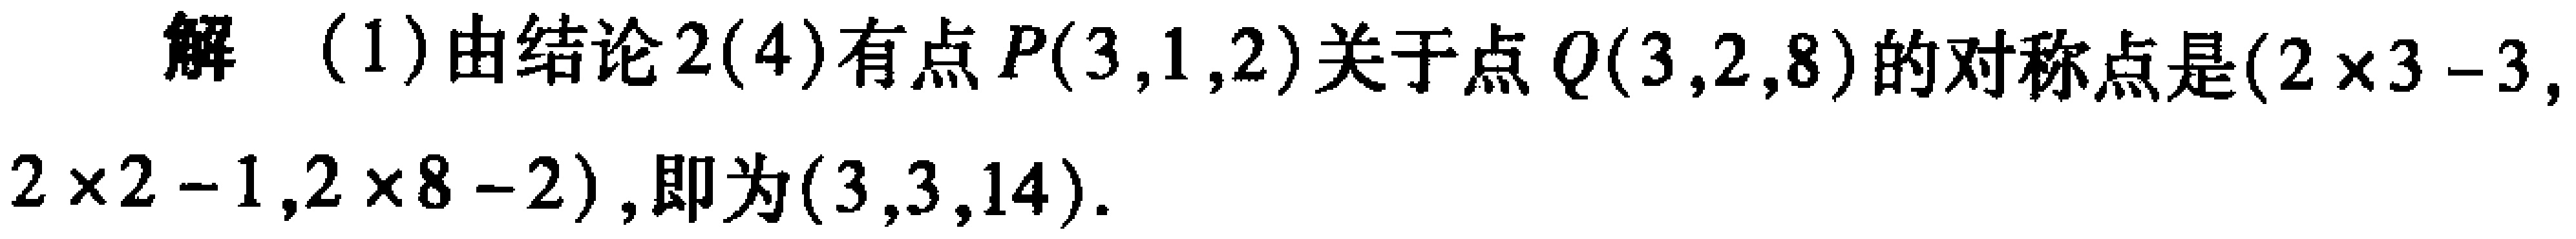
解（1）由结论2(4)有点\(P(3,1,2)\)关于点\(Q(3,2,8)\)的对称点是\((2\times3 - 3,2\times2 - 1,2\times8 - 2)\)，即为\((3,3,14)\)。